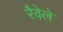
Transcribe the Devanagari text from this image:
रैवेले